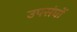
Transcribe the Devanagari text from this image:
उपसंघों